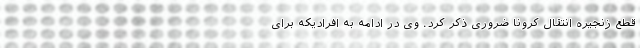
قطع زنجیره انتقال کرونا ضروری ذکر کرد. وی در ادامه به افرادیکه برای